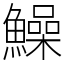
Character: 鱢